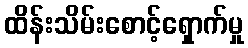
ထိန်းသိမ်းစောင့်ရှောက်မှု